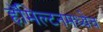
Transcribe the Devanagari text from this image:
हॅमिल्टनमध्येच